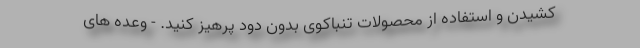
کشیدن و استفاده از محصولات تنباکوی بدون دود پرهیز کنید. - وعده های